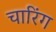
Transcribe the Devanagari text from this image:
चारिंग